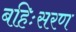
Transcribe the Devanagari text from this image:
बहिःसरण